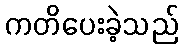
ကတိပေးခဲ့သည်